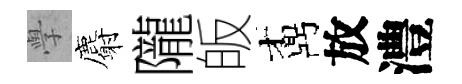
𭓕麝隴皈鼒放澧